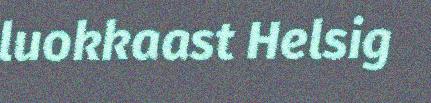
luokkaast Helsig